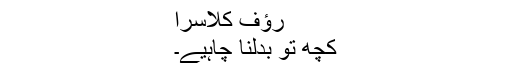
رؤف کلاسرا
کچھ تو بدلنا چاہیے۔